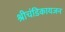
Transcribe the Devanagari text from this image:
श्रीचंडिकायजन